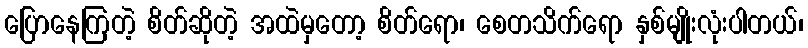
ပြောနေကြတဲ့ စိတ်ဆိုတဲ့ အထဲမှတော့ စိတ်ရော၊ စေတသိက်ရော နှစ်မျိုးလုံးပါတယ်၊